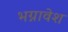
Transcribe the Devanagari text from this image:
भग्नावेश